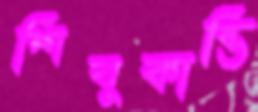
শিবুকান্তি